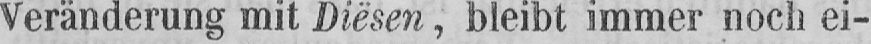
Veränderung mit Diësen, bleibt immer noch ei-